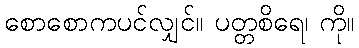
စောစောကပင်လျှင်။ ပတ္တစိရေ၊ ကို။